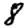
Digit: 8